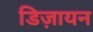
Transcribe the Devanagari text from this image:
डिज़ायन